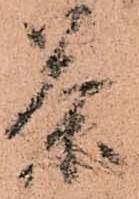
茶